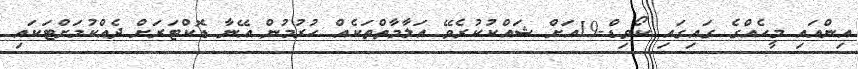
އިންއައި މީހެއްގެ ގައިގައި ކޯވިޑް-19އަށް ޝައްކުކުރެވޭ އަލާމާތްތަކެއް ހުރުމުން އޭނާ ޑޮކްޓަރަށް ދެއްކުމަށްޓަކައި